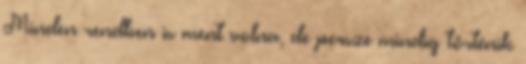
Minden rendben is ment volna, de persze mindig történik